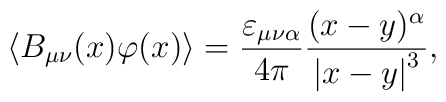
\langle B_{\mu \nu }(x)\varphi (x)\rangle =\frac{\varepsilon _{\mu \nu\alpha }}{4\pi }\frac{(x-y)^\alpha }{\left| x-y\right| ^3},